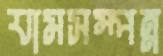
যামসম্পন্ন